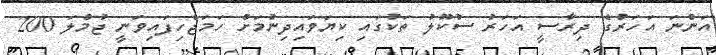
އަންނަ އަހަރުގެ ދިރާސީ އަހަރު ސުކޫލު ތަކުގައި ކިޔަވައިދިނުމަށް ހަމަޖެހިފައިވަނީ ޖުމްލަ 200